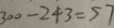
3 0 0 - 2 4 3 = 5 7